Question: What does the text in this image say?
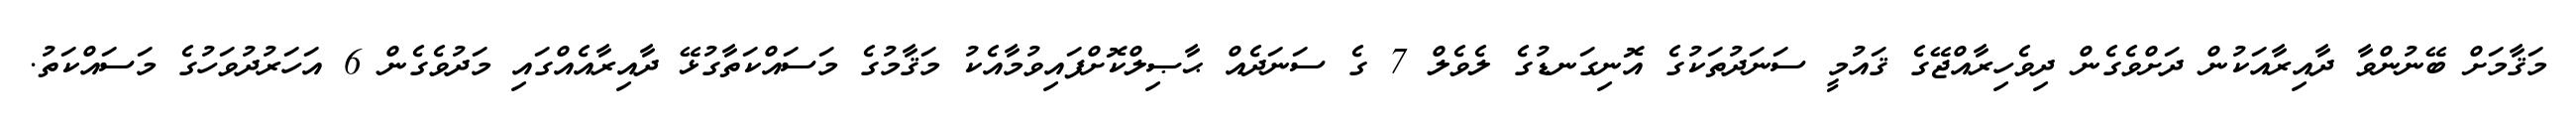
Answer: މަޤާމަށް ބޭނުންވާ ދާއިރާއަކުން ދަށްވެގެން ދިވެހިރާއްޖޭގެ ޤައުމީ ސަނަދުތަކުގެ އޮނިގަނޑުގެ ލެވެލް 7 ގެ ސަނަދެއް ޙާޞިލްކޮށްފައިވުމާއެކު މަޤާމުގެ މަސައްކަތާގުޅޭ ދާއިރާއެއްގައި މަދުވެގެން 6 އަހަރުދުވަހުގެ މަސައްކަތު.